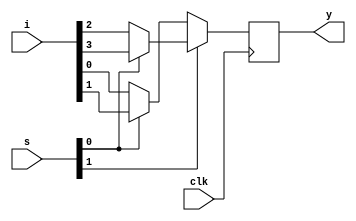
module mux4x1(clk,i,s,y);
input [3:0]i;
input [1:0]s;
input clk;
output reg y;
always @(posedge clk) begin
 y=s[1]?{s[0]?i[3]:i[2]}:{s[0]?i[1]:i[0]};
end
endmodule